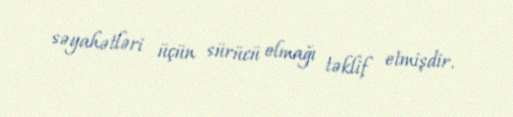
səyahətləri üçün sürücü olmağı təklif etmişdir.